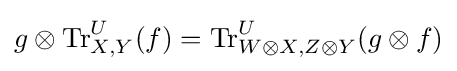
g\otimes \mathrm {Tr} _{X,Y}^{U}(f)=\mathrm {Tr} _{W\otimes X,Z\otimes Y}^{U}(g\otimes f)